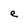
Character: e